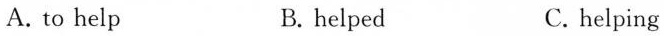
A. to help B. helped C. helping